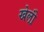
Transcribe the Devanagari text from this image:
खेल़ो़ं